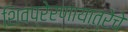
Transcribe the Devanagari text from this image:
शिवप्रेरणायात्रेचे